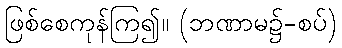
ဖြစ်စေကုန်ကြ၍။ (ဘဏာမ၌-စပ်)